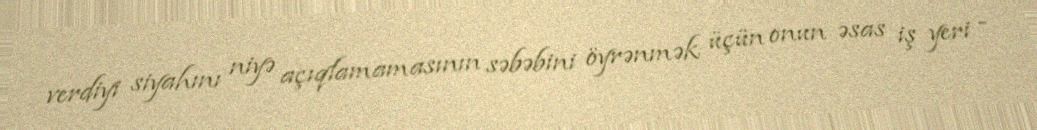
verdiyi siyahını niyə açıqlamamasının səbəbini öyrənmək üçün onun əsas iş yeri -